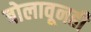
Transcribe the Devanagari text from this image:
बोलावूनही